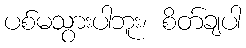
ပစ်မသွားပါဘူး၊ စိတ်ချပါ